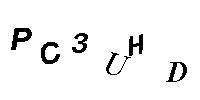
PC3UHD